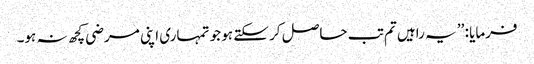
فرمایا : ’’ یہ راہیں تم تب حاصل کر سکتے ہو جو تمہاری اپنی مرضی کچھ نہ ہو۔